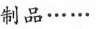
制品……